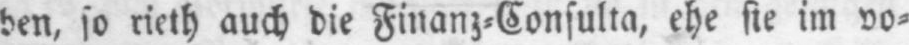
den, so rieth auch die Finanz⸗Consulta, ehe sie im vo⸗